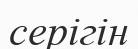
серігін